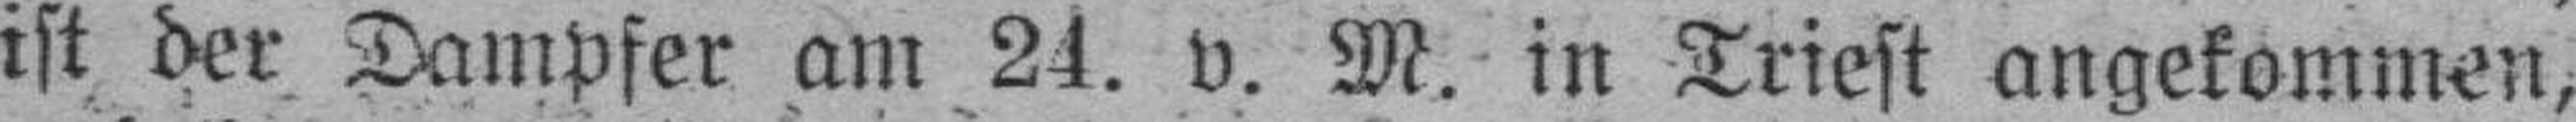
ist der Dampfer am 24. v. M. in Triest angekommen,